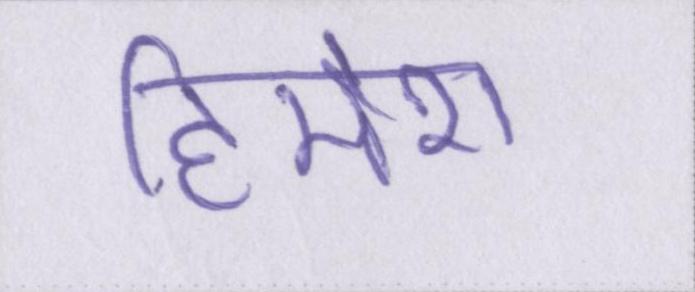
हिमेश